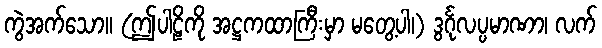
ကွဲအက်သော။ (ဤပါဠိကို အဋ္ဌကထာကြီးမှာ မတွေ့ပါ၊) ဒွင်္ဂုလပ္ပမာဏာ၊ လက်